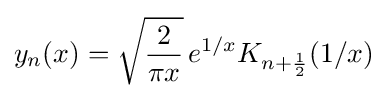
y_{n}(x)={\sqrt {\frac {2}{\pi x}}}\,e^{1/x}K_{n+{\frac {1}{2}}}(1/x)